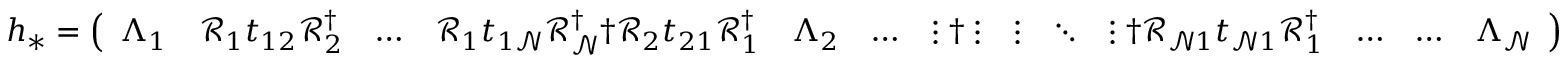
\begin{array} { r } { h _ { * } = \left( \begin{array} { l l l l l l l l l l l l l } { \Lambda _ { 1 } } & { \mathcal { R } _ { 1 } t _ { 1 2 } \mathcal { R } _ { 2 } ^ { \dagger } } & { \dots } & { \mathcal { R } _ { 1 } t _ { 1 \mathcal { N } } \mathcal { R } _ { \mathcal { N } } ^ { \dagger } \dag \mathcal { R } _ { 2 } t _ { 2 1 } \mathcal { R } _ { 1 } ^ { \dagger } } & { \Lambda _ { 2 } } & { \dots } & { \vdots \dag \vdots } & { \vdots } & { \ddots } & { \vdots \dag \mathcal { R } _ { \mathcal { N } 1 } t _ { \mathcal { N } 1 } \mathcal { R } _ { 1 } ^ { \dagger } } & { \dots } & { \dots } & { \Lambda _ { \mathcal { N } } } \end{array} \right) } \end{array}